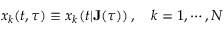
x _ { k } ( t , \tau ) \equiv x _ { k } ( t | \mathbf { J } ( \tau ) ) \, , \quad k = 1 , \cdots , N